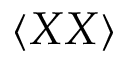
\langle X X \rangle